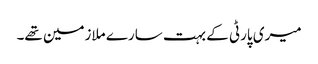
میری پارٹی کے بہت سارے ملازمین تھے۔